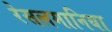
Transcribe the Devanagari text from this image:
रेसलमानिया